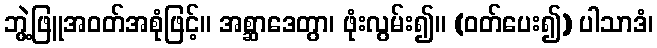
ဘွဲ့ဖြူအဝတ်အစုံဖြင့်။ အစ္ဆာဒေတွာ၊ ဖုံးလွမ်း၍။ (ဝတ်ပေး၍) ပါသာဒံ၊